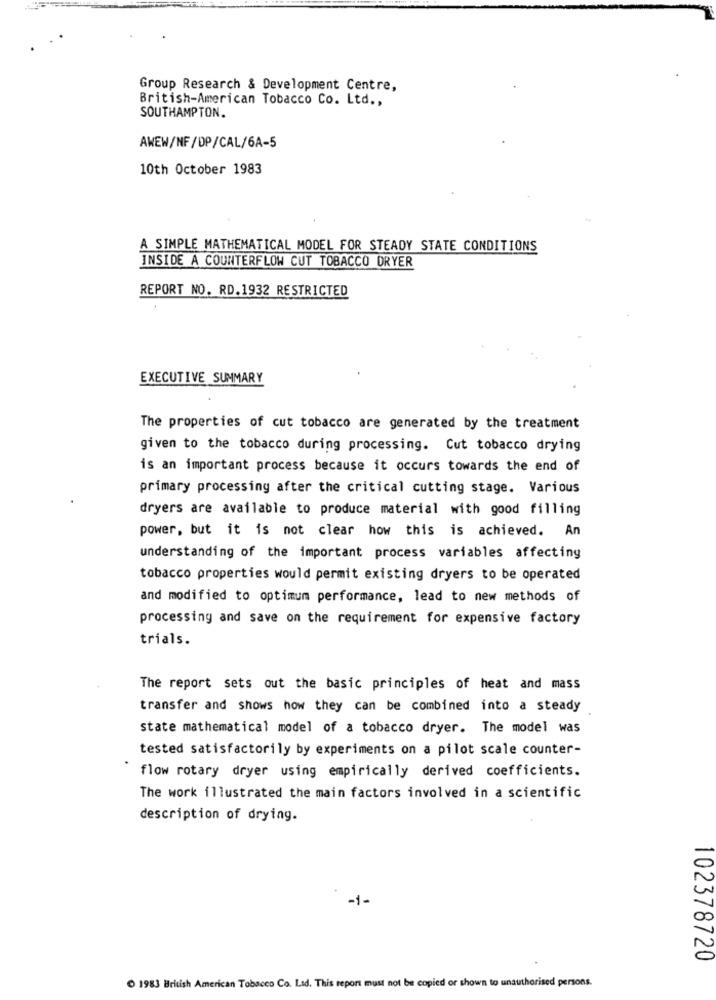
Group Research & Development Centre,
British-American Tobacco Co. Ltd .,
SOUTHAMPTON.
AWEW/NF/DP/CAL/6A-5
10th October 1983
A SIMPLE MATHEMATICAL MODEL FOR STEADY STATE CONDITIONS
INSIDE A COUNTERFLOW CUT TOBACCO DRYER
REPORT NO. RD. 1932 RESTRICTED
EXECUTIVE SUMMARY
The properties of cut tobacco are generated by the treatment
given to the tobacco during processing. Cut tobacco drying
is an important process because it occurs towards the end of
primary processing after the critical cutting stage. Various
dryers are available to produce material with good filling
power, but it is not clear how this is achieved. An
understanding of the important process variables affecting
tobacco properties would permit existing dryers to be operated
and modified to optimum performance, lead to new methods of
processing and save on the requirement for expensive factory
trials.
The report sets out the basic principles of heat and mass
transfer and shows how they can be combined into a steady
state mathematical model of a tobacco dryer. The model was
tested satisfactorily by experiments on a pilot scale counter-
flow rotary dryer using empirically derived coefficients.
The work illustrated the main factors involved in a scientific
description of drying.
-1-
102378720
1983 British American Tobacco Co. Ltd. This report must not be copied or shown to unauthorised persons.